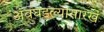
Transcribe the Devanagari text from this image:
अवघडल्यासारखं